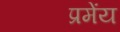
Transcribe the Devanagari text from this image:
प्रमेंय